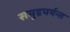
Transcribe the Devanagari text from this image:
समुद्रपर्यन्त